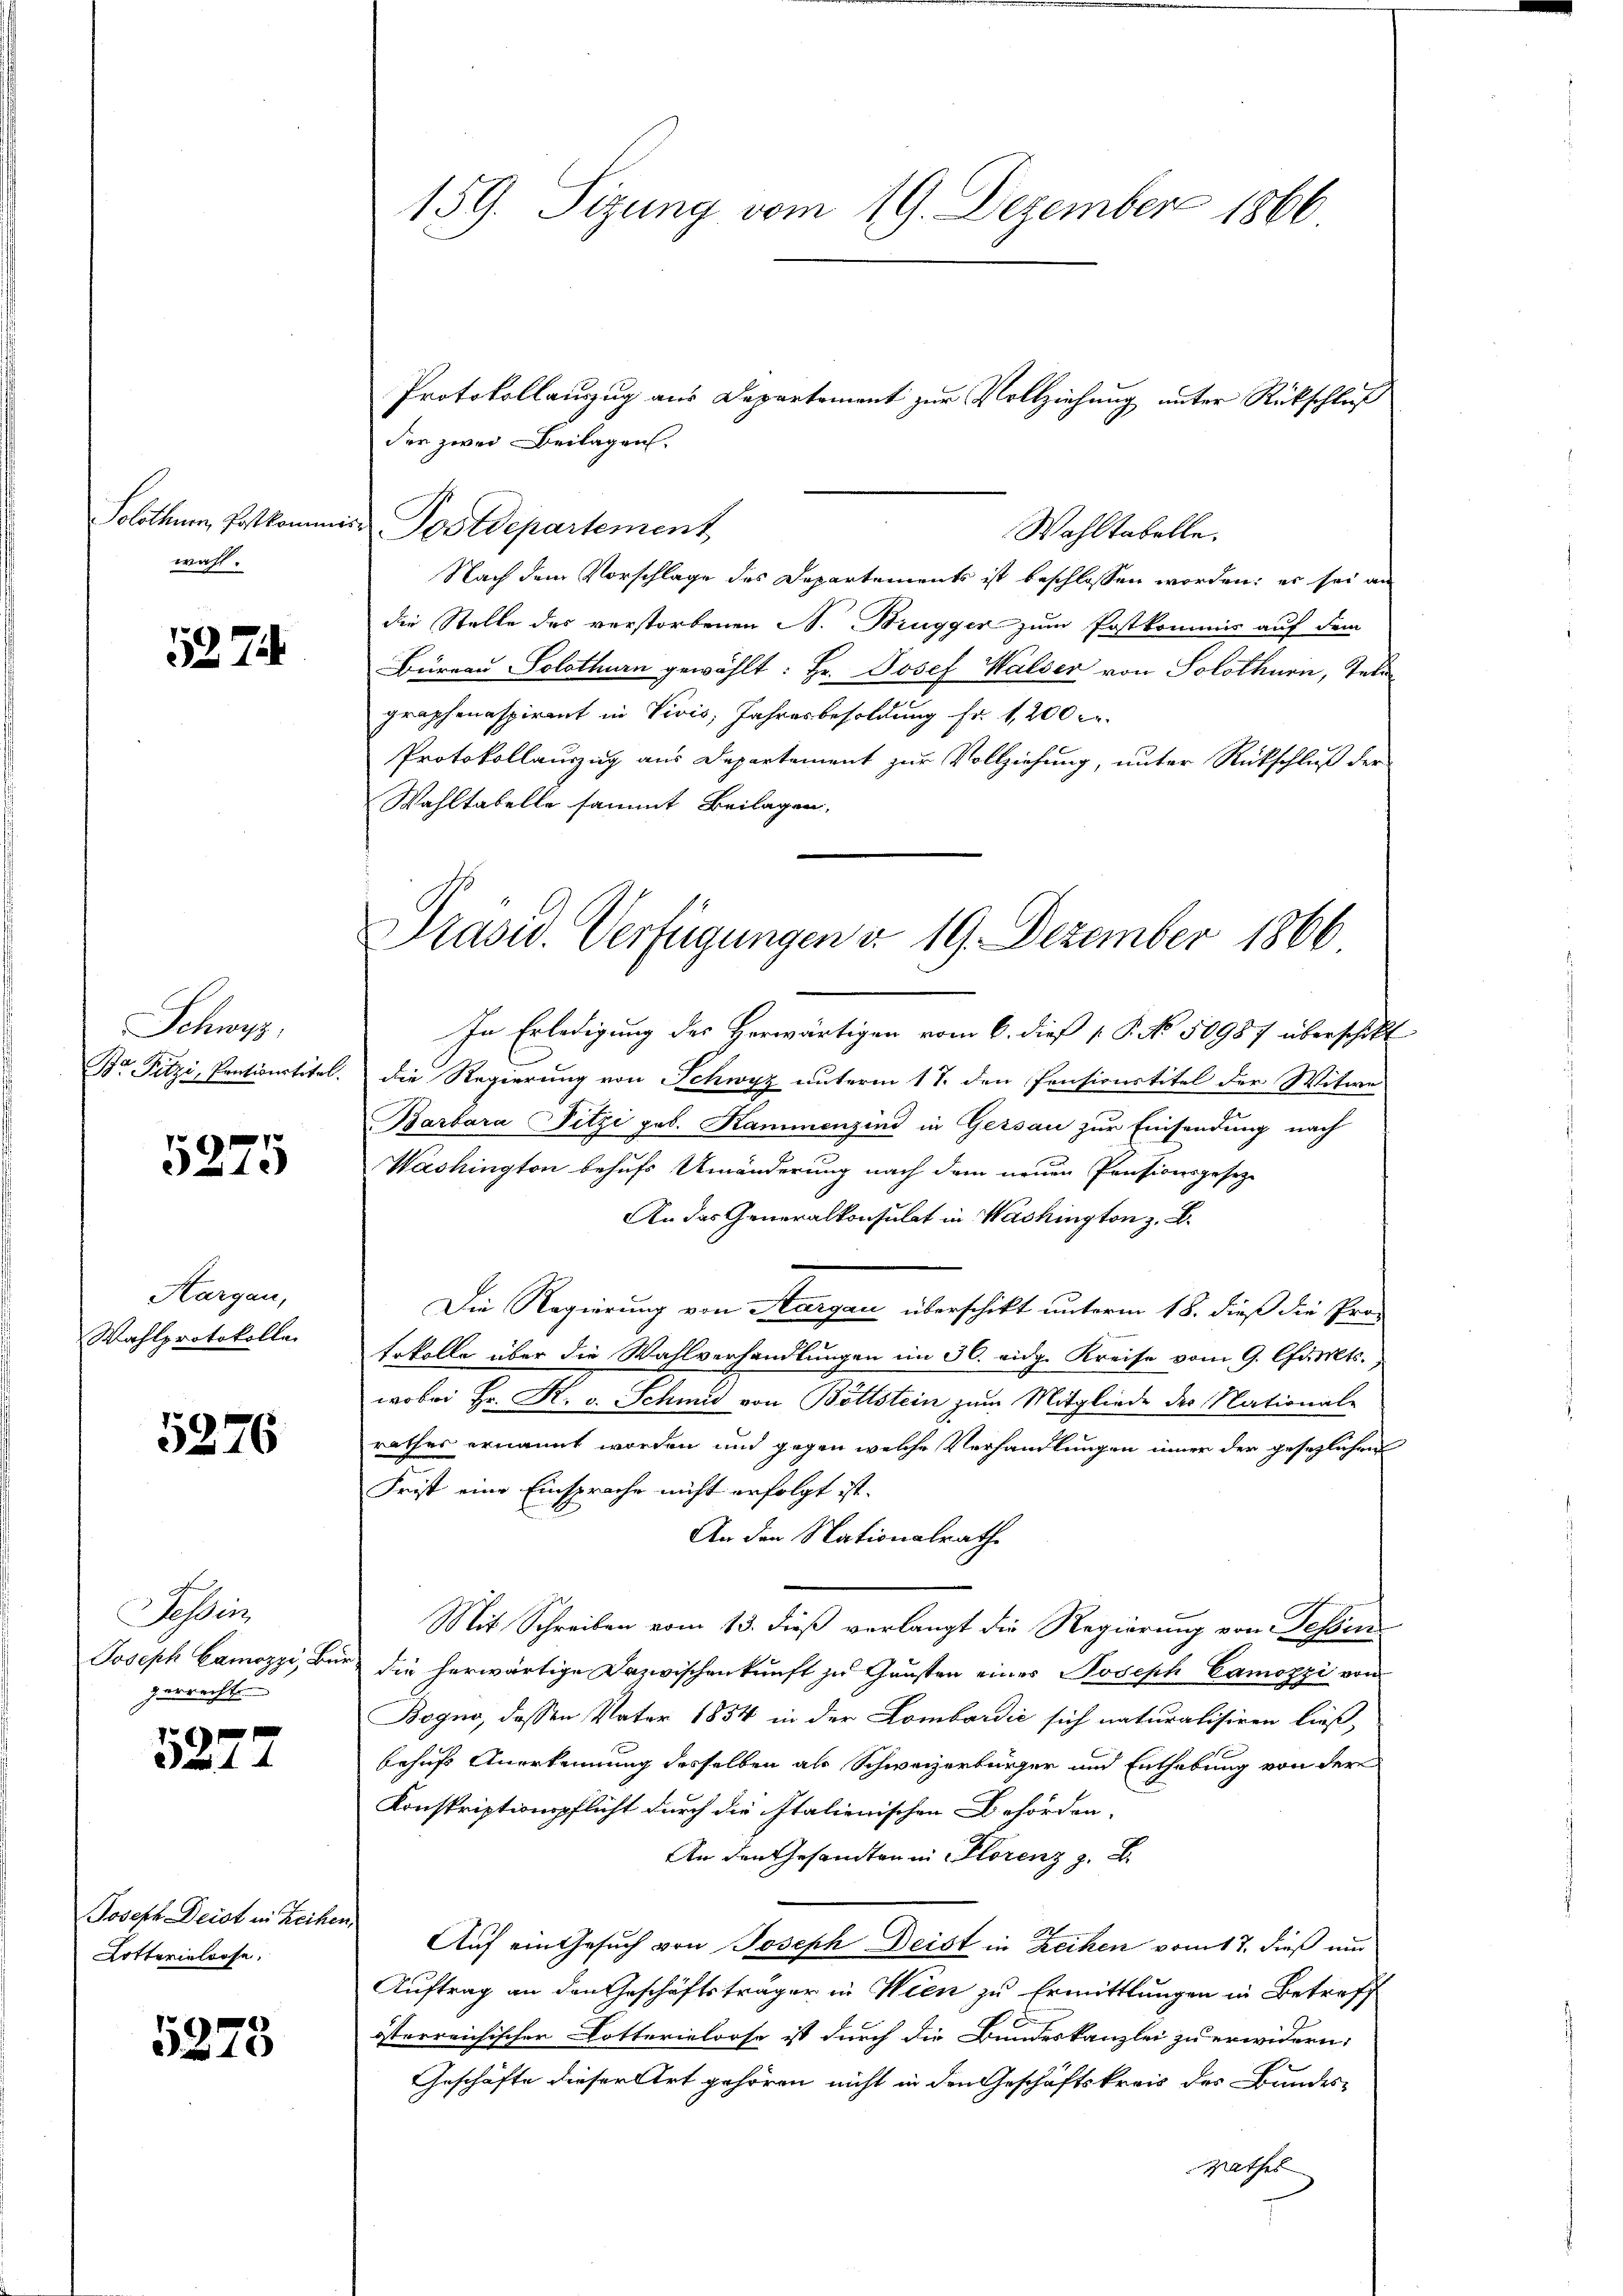
wahl.

5274

Schwyz.
Be Fitzi, Pontionstitel.

5275

Aargau,
Wahlprotokolle

5276

Sohlen
Joseph Camozzi, Bür
gerrecht

5277

Joseph Deist in Reiher
Lotterialiose.

5278

159. Sizung vom 19. Dezember 1866

Protokollauszug aus Departement zur Vollziehung unter Rückschluß
der zwei Beilagen
Wahltabelle,
Nach dem Vorschlage des Departements ist beschlossen worden; es sei an
der Stelle des verstorbenen N. Brugger zum Postkommis auf dem
Büreau Solothurn gewählt: Hr. Josef Walser von Solothurn, Tele
graphenaspirant in Vivis, Jahresbesoldung fr. 1200
Protokollauszug aus Departement zur Vollziehung, unter Rückschluß der
Wahltabelle sammt Beilagen.
In Erledigung des Herwärtigen vom 6. dieß [ P. No. 50987 überschikt
die Regierung von Schwyz unterm 17. den Pensionstitel der Witwe
Barbara Fitzi geb. Kammenzind in Gersau zur Einsendung nach
Washington behufs Umänderung nach dem neuen Pensionsgesez¬
An das Generalkonsulat in Washington z. B.
Die Regierung von Aargau überschikt unterm 18. dieß die Pro-
tokolle über die Wahlverhandlungen im 30. eidg. Kreise vom 9. Charts.
wobei Hr. K. v. Schmid von Böttstein zum Mitgliede des Nationale
rathes ernannt worden und gegen welche Verhandlungen inner der gesezlichen
Frist eine Einsprache nicht erfolgt ist.
An den Nationalrathe
Mit Schreiben vom 13. dieß verlangt die Regierung von Tessin
die herwärtige Dazwischenkunft zu Gunsten eines Joseph Camozzi von
Bogno, dessen Vater 1854 in der Lombardić sich naturalisiren ließ
behuf Anerkennung desselben als Schweizerbürger und Enthebung von der
Konskriptionspflicht durch die Italienischen Behörden-
An den Gesandten in Florenz z. B.
Auf ein Gesuch von Joseph Deist in Reihen vom 17. dieß und
Auftrag an den Geschäftsträger in Wien zu Ermittlungen in Betreff
österreichischer Dotterieloose ist durch die Bundeskanzlei zu erwidern:
Geschäfte dieser Art gehören nicht in den Geschäftskreis des Bandesgasser

Solothum, Postkommis Postdepartement

Präsid. Verfügungen d. 19. Dezember 1866